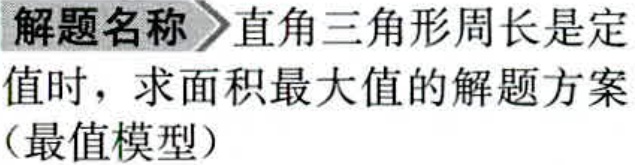
解题名称\(>\)直角三角形周长是定值时，求面积最大值的解题方案（最值模型）